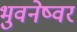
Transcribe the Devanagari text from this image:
भुवनेष्वर